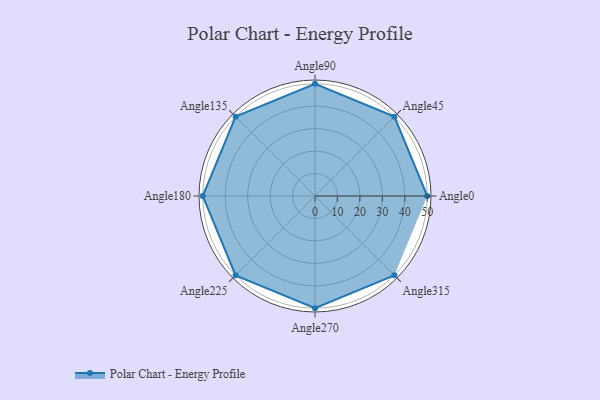
{"axis": {"x": "Angle", "y": "Radius"}, "legend": [""], "data": [{"x": "Angle0", "y": 50.0, "type": ""}, {"x": "Angle45", "y": 50, "type": ""}, {"x": "Angle90", "y": 50, "type": ""}, {"x": "Angle135", "y": 50, "type": ""}, {"x": "Angle180", "y": 50, "type": ""}, {"x": "Angle225", "y": 50, "type": ""}, {"x": "Angle270", "y": 50, "type": ""}, {"x": "Angle315", "y": 50, "type": ""}]}